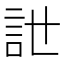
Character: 𧥨